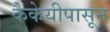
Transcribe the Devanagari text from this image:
कैकेयीपासून